Vaccination in the Punjab 1919-1929 - 1919-1929
Year: 1919
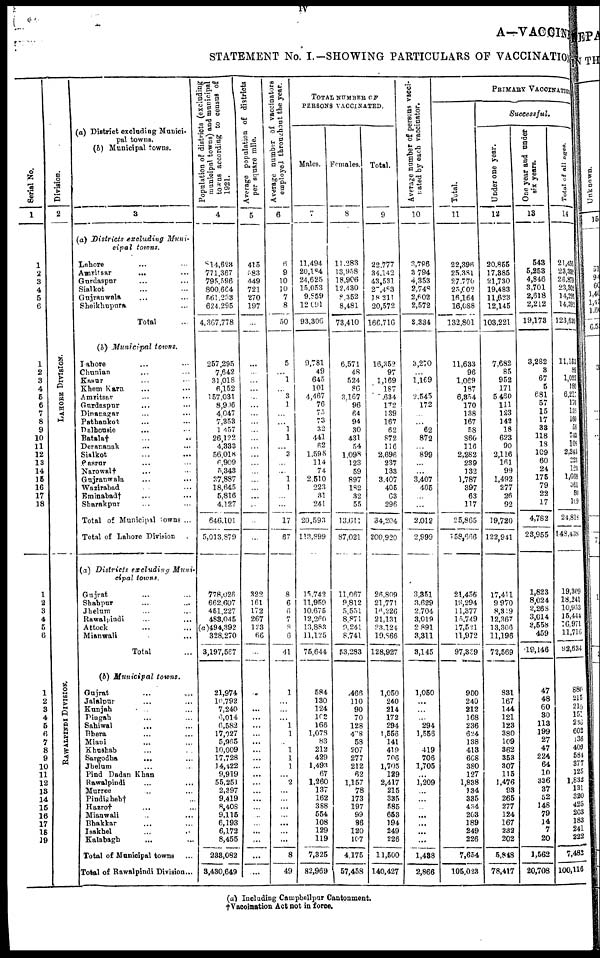
iv
A—VACCINE
STATEMENT No. I.—SHOWING PARTICULARS OF VACCINATION
Serial No.
1
1
2
3
4
5
6
1
2
3
4
5
6
7
8
9
10
11
12
13
14
15
16
17
18
1
2
3
4
5
6
1
2
3
4
5
6
7
8
9
10
11
12
13
14
15
16
17
18
19
Division.
2
LAHORE DIVISION.
RAWALPINDI DIVISION.
(a) District excluding Munici-
pal towns.
(b) Municipal towns.
3
(a) Districts
excluding
Muni-
cipal
towns.
Lahore ... ...
Amritsar ... ...
Gurdaspur ... ...
Sialkot ... ...
Gujranwala ... ...
Sheikhupura ... ...
Total ...
(b) Municipal
towns.
Lahore ... ...
Chunian ... ...
Kasur ... ...
Khem Karn ... ...
Amritsar
...
...
Gurdaspur ... ...
Dinanagar ... ...
Pathankot ... ...
Dalhousie ... ...
Batala† ... ...
Derananak ... ...
Sialkot ... ...
Pasrur ... ...
Narowal† ... ...
Gujranwala ... ...
Wazirabad ... ...
Eminabad† ... ...
Sharakpur ... ...
Total of Municipal towns ...
Total of Lahore Division ...
(a) Districts
excluding
Muni-
cipal
towns
Gujrat ... ...
Shahpur ... ...
Jhelum ... ...
Rawalpindi ... ...
Attock ... ...
Mianwali ... ...
Total ...
(b) Municipal
towns.
Gujrat
...
...
Jalalpur ... ...
Kunjah ... ...
Dingah ... ...
Sahiwal ... ...
Bhera ... ...
Miani ... ...
Khushab ... ...
Sargodha
... ...
Jhelum ... ...
Pind Dadan Khan ...
Rawalpindi ... ...
Murree ... ...
Pindigheb† ... ...
Hazro† ... ...
Mianwali ... ...
Bhakkar ... ...
Isakhel ... ...
Kalabagh ... ...
Total of Municipal towns ...
Total of Rawalpindi Division ...
Population of districts (excluding
municipal towns) and municipal
towns according to census of
1921.
4
814,623
771,367
795,596
800,664
561,233
624,295
4,367,778
257,295
7,642
31,018
6,152
157,031
8,906
4,047
7,353
1,457
26,122
4,333
56,018
6,909
5,343
37,887
18,645
5,816
4,127
646,101
5,013,879
778,026
662,607
451,227
483,045
(a)494,392
328,270
3,197,567
21,974
10,792
7,240
6,014
6,582
17,027
5,965
10,009
17,728
14,422
9,919
55,251
2,397
9,419
8,408
9,115
6,193
6,172
8,455
233,082
3,430,649
Average population of districts
per square mile.
5
415
583
449
721
270
197
322
161
172
267
123
66
...
...
...
...
...
...
...
...
....
Average number of vaccinators
employed throughout the year.
6
6
9
10
10
7
8
50
5
1
3
1
1
1
...
3
...
1
1
17
67
8
6
6
7
8
6
41
1
...
1
1
1
1
1
...
2
...
...
...
...
8
49
TOTAL NUMBER OF
PERSONS VACCINATED.
Males.
7
11,494
20,184
24,625
15,053
9,859
12,091
93,306
9,781
49
645
101
4,467
76
75
73
32
441
62
1,598
114
74
2,510
223
31
241
20,593
113,899
15,742
11,959
10,675
12,260
13,883
11,125
75,644
584
130
124
102
166
1,078
83
212
429
1,493
67
1,260
137
162
388
554
108
129
119
7,325
82,969
Females.
8
11,283
13,958
18,906
12,430
8,352
8,481
73,410
6,571
48
524
86
3,167
96
64
94
30
431
54
1,098
123
59
897
182
32
55
13,611
87,021
11,067
9,812
5,551
8,871
9,241
8,741
53,283
466
110
90
70
128
478
58
207
277
212
62
1,157
78
173
197
99
86
120
107
4,175
57,458
Total.
9
22,777
34,142
43,531
27,483
18,211
20,572
166,716
16,352
97
1,169
187
634
172
139
167
62
872
116
2,696
237
133
3,407
405
63
296
34,204
200,920
26,809
21,771
16,226
21,131
23,124
19,866
128,927
1,050
240
214
172
294
1,556
141
419
706
1,705
129
2,417
215
335
585
653
194
249
226
11,500
140,427
Average number of persons vacci-
nated by each vaccinator.
10
3,796
3,794
4,353
2,748
2,602
2,572
8,334
3,270
1,169
2,545
172
62
872
899
3,407
405
2,012
2,999
3,351
3,629
2,704
3,019
2,891
3,311
3,145
1,050
...
...
294
1,556
419
706
1,705
...
1,209
...
...
...
...
1,438
2,866
PRIMARY VACCINATION
Total.
11
22,396
25,381
27,770
25,002
16,164
16,088
132,801
11,633
96
1,069
187
6,354
170
138
167
58
860
116
2,282
239
132
1,787
397
63
117
25,865
158,666
21,456
19,294
11,377
15,749
17,521
11,972
97,369
900
240
212
168
236
624
138
413
608
380
127
1,838
134
335
434
203
189
249
226
7,654
105,023
Successful.
Under one year.
12
20,855
17,385
21,730
19,483
11,623
12,145
103,221
7,682
85
952
171
5,460
111
123
142
18
623
90
2,116
161
99
1,492
277
26
92
19,720
122,941
17,411
9,970
8,319
12,367
13,306
11,196
72,569
831
167
144
121
123
380
109
362
353
307
115
1,476
93
265
277
124
167
232
202
5,848
78,417
One year and under
six years.
13
543
5,253
4,846
3,701
2,618
2,212
19,173
3,282
3
67
5
681
57
15
17
33
118
18
109
60
24
175
79
22
17
4,782
23,955
1,823
8,024
2,268
3,014
3,658
459
19,146
47
48
60
30
113
199
27
47
224
64
10
336
37
52
148
79
14
7
20
1,562
20,708
Total of all ages.
14
21,456
23,300
26,879
23,302
14,291
14,392
123,620
11,153
89
1,025
180
6,217
170
133
160
58
743
105
2,243
223
123
1,668
361
50
109
24,818
148,4,38
19,309
18,241
10,953
15,444
16,971
11,716
92,634
880
215
210
151
256
602
136
409
584
377
125
1,832
131
320
425
203
183
241
222
7,482
100,116
(a) Including Campbellpur Cantonment.
†Vaccination Act not in force.